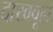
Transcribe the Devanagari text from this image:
दाखवूल